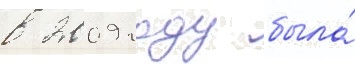
в 2009 году была́